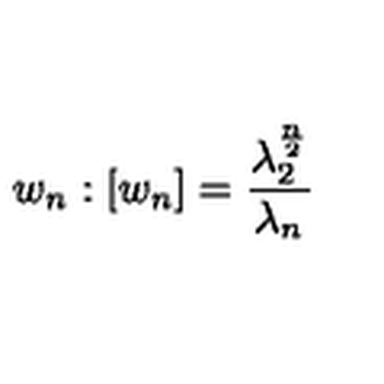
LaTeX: w _ { n } : [ w _ { n } ] = \frac { \lambda _ { 2 } ^ { \frac n 2 } } { \lambda _ { n } }